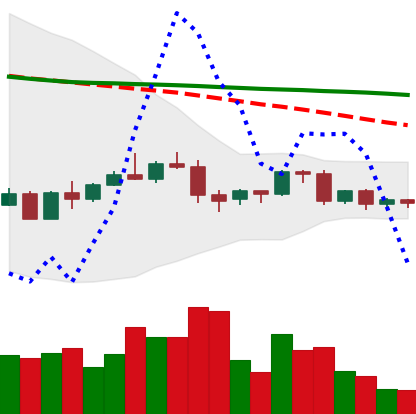
Ticker: BNB-USD
Chart end date: 2022-06-05
Forward return: -4.311%
Label: down_3_5